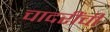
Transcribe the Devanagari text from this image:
चादरींची